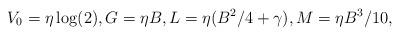
LaTeX: \begin{align*}V_0 = \eta \log(2), G = \eta B, L = \eta (B^2/4 + \gamma), M = \eta B^3/10,\end{align*}